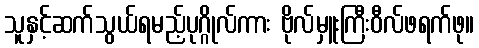
သူနှင့်ဆက်သွယ်ရမည့်ပုဂ္ဂိုလ်ကား ဗိုလ်မှူးကြီးဝီလ်ဖရက်ဖု။